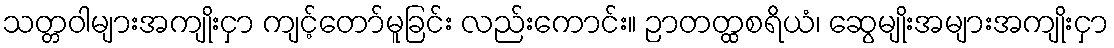
သတ္တဝါများအကျိုးငှာ ကျင့်တော်မူခြင်း လည်းကောင်း။ ဉာတတ္ထစရိယံ၊ ဆွေမျိုးအများအကျိုးငှာ